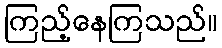
ကြည့်နေကြသည်။